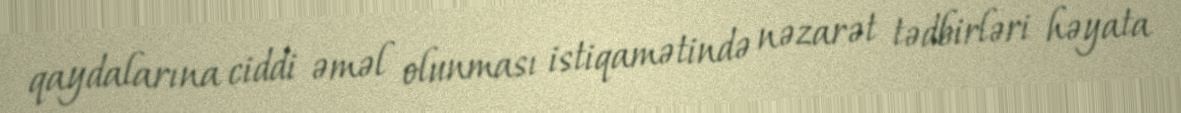
qaydalarına ciddi əməl olunması istiqamətində nəzarət tədbirləri həyata